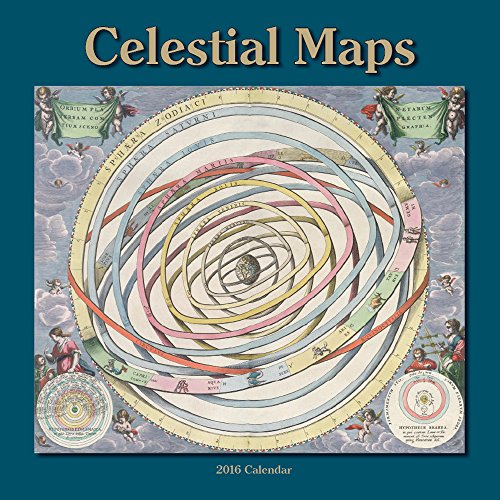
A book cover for Celestial Maps (CL53299); Andreas Cellarius; Calendars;